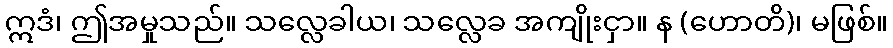
ဣဒံ၊ ဤအမှုသည်။ သလ္လေခါယ၊ သလ္လေခ အကျိုးငှာ။ န (ဟောတိ)၊ မဖြစ်။